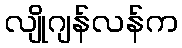
လျိုဂျန်လန်က